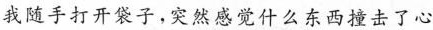
我随手打开袋子，突然感觉什么东西撞击了心